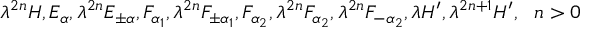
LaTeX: \lambda ^ { 2 n } H , E _ { \alpha } , \lambda ^ { 2 n } E _ { \pm \alpha } , F _ { \alpha _ { 1 } } , \lambda ^ { 2 n } F _ { \pm \alpha _ { 1 } } , F _ { \alpha _ { 2 } } , \lambda ^ { 2 n } F _ { \alpha _ { 2 } } , \lambda ^ { 2 n } F _ { - \alpha _ { 2 } } , \lambda H ^ { \prime } , \lambda ^ { 2 n + 1 } H ^ { \prime } , ~ ~ n > 0